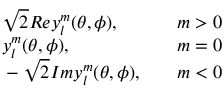
\begin{array} { r l r } { \quad } & { { } \sqrt { 2 } R e y _ { l } ^ { m } ( \theta , \phi ) , \quad } & { m > 0 } \\ { \quad } & { { } y _ { l } ^ { m } ( \theta , \phi ) , \quad } & { m = 0 } \\ { \quad } & { { } - \sqrt { 2 } I m y _ { l } ^ { m } ( \theta , \phi ) , \quad } & { m < 0 } \end{array}